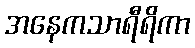
အနေကသာရီရိကာ